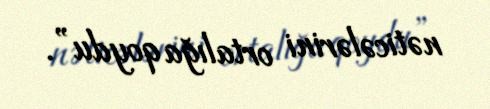
nəticələrini ortalığa qoydu”.